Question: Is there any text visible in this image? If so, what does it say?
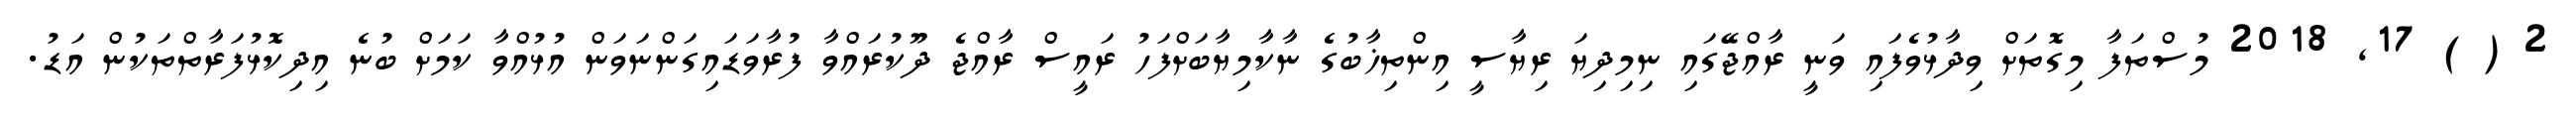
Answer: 2 ( ) 17, 2018 މުސްތަފާ މިގޮތަށް ވިދާޅުވެފައި ވަނީ ރާއްޖޭގައި ނިމިދިޔަ ރިޔާސީ އިންތިޚާބުގެ ނާކާމިޔާބަށްފަހު ރައީސް ރާއްޖެ ދޫކުރައްވާ ފުރާވަޑައިގަންނަވަން އުޅުއްވާ ކަމަށް ބުނެ އިދިކޮޅުފަރާތްތަކުން އަޑު.